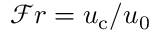
\mathcal { F } r = u _ { \mathrm { c } } / u _ { 0 }